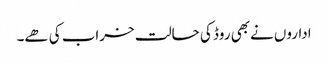
اداروں نےبھی روڈ کی حالت خراب کی ھے۔